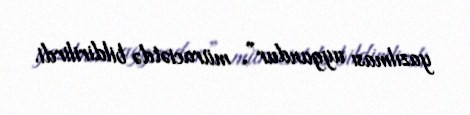
yazılması uygundur”, müraciətdə bildirilirdi.